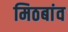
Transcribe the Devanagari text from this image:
मिठबांव